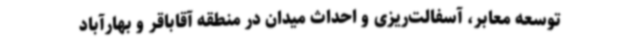
توسعه معابر، آسفالت‌ریزی و احداث میدان در منطقه آقاباقر و بهارآباد